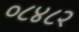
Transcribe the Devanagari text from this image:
०८४८२